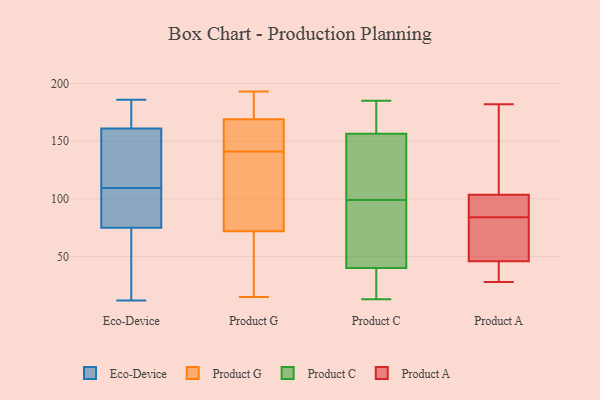
{"axis": {"x": "Production Output", "y": "Value"}, "legend": ["Eco-Device", "Product A", "Product C", "Product G"], "data": [{"x": "", "y": 161, "type": "Eco-Device"}, {"x": "", "y": 158, "type": "Eco-Device"}, {"x": "", "y": 12, "type": "Eco-Device"}, {"x": "", "y": 170, "type": "Eco-Device"}, {"x": "", "y": 99, "type": "Eco-Device"}, {"x": "", "y": 186, "type": "Eco-Device"}, {"x": "", "y": 120, "type": "Eco-Device"}, {"x": "", "y": 35, "type": "Eco-Device"}, {"x": "", "y": 81, "type": "Eco-Device"}, {"x": "", "y": 75, "type": "Eco-Device"}, {"x": "", "y": 146, "type": "Product G"}, {"x": "", "y": 123, "type": "Product G"}, {"x": "", "y": 166, "type": "Product G"}, {"x": "", "y": 141, "type": "Product G"}, {"x": "", "y": 144, "type": "Product G"}, {"x": "", "y": 182, "type": "Product G"}, {"x": "", "y": 190, "type": "Product G"}, {"x": "", "y": 81, "type": "Product G"}, {"x": "", "y": 132, "type": "Product G"}, {"x": "", "y": 193, "type": "Product G"}, {"x": "", "y": 15, "type": "Product G"}, {"x": "", "y": 151, "type": "Product G"}, {"x": "", "y": 178, "type": "Product G"}, {"x": "", "y": 121, "type": "Product G"}, {"x": "", "y": 18, "type": "Product G"}, {"x": "", "y": 45, "type": "Product G"}, {"x": "", "y": 22, "type": "Product G"}, {"x": "", "y": 160, "type": "Product C"}, {"x": "", "y": 13, "type": "Product C"}, {"x": "", "y": 135, "type": "Product C"}, {"x": "", "y": 34, "type": "Product C"}, {"x": "", "y": 79, "type": "Product C"}, {"x": "", "y": 185, "type": "Product C"}, {"x": "", "y": 38, "type": "Product C"}, {"x": "", "y": 33, "type": "Product C"}, {"x": "", "y": 34, "type": "Product C"}, {"x": "", "y": 99, "type": "Product C"}, {"x": "", "y": 130, "type": "Product C"}, {"x": "", "y": 46, "type": "Product C"}, {"x": "", "y": 77, "type": "Product C"}, {"x": "", "y": 146, "type": "Product C"}, {"x": "", "y": 169, "type": "Product C"}, {"x": "", "y": 107, "type": "Product C"}, {"x": "", "y": 96, "type": "Product C"}, {"x": "", "y": 175, "type": "Product C"}, {"x": "", "y": 171, "type": "Product C"}, {"x": "", "y": 28, "type": "Product A"}, {"x": "", "y": 163, "type": "Product A"}, {"x": "", "y": 63, "type": "Product A"}, {"x": "", "y": 48, "type": "Product A"}, {"x": "", "y": 92, "type": "Product A"}, {"x": "", "y": 76, "type": "Product A"}, {"x": "", "y": 38, "type": "Product A"}, {"x": "", "y": 94, "type": "Product A"}, {"x": "", "y": 120, "type": "Product A"}, {"x": "", "y": 98, "type": "Product A"}, {"x": "", "y": 84, "type": "Product A"}, {"x": "", "y": 182, "type": "Product A"}, {"x": "", "y": 40, "type": "Product A"}]}